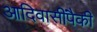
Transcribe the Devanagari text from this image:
आदिवासींपैकी